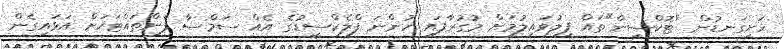
ހަށިގަނޑުން "ޓޮކްސިން"ތައް ފިލުވައިލުމަށް މުގުރާފައި ހުންނަ ފްލެކްސީޑުގެ އެއް ސަމްސާ ފެންތައްޓަކަށް އަޅައިގެން